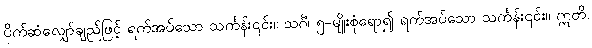
ပိုက်ဆံလျှော်ချည်ဖြင့် ရက်အပ်သော သင်္ကန်း၎င်း။ သင်္ဂံ၊ ၅-မျိုးစုံရော၍ ရက်အပ်သော သင်္ကန်း၎င်း။ ဣတိ၊